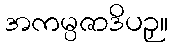
အကမ္ပဇာဒိပဉှ။